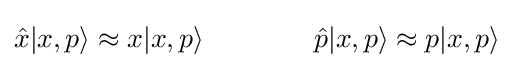
{\hat {x}}|x,p\rangle \approx x|x,p\rangle \qquad \qquad {\hat {p}}|x,p\rangle \approx p|x,p\rangle